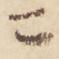
ニ